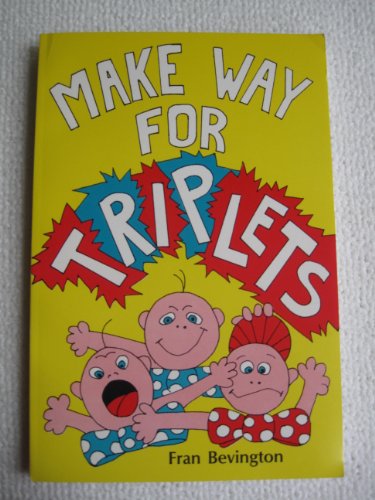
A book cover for Make Way for Triplets; Fran Bevington; Parenting & Relationships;